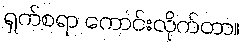
ရှက်စရာ ကောင်းလိုက်တာ။